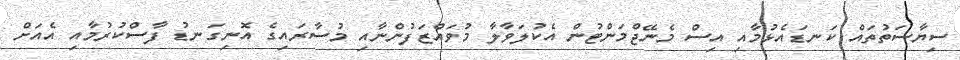
ސިޔާސަތުތައް ކަނޑައެޅުމާއި އިސް މެނޭޖްމަންޓުން އެކުލަވާލާ މުވައްޒަފުންނާއި މުސާރައިގެ އޮނިގަނޑު ފާސްކުރުމާއި އެއަށް